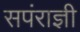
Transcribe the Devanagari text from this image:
सपंराज्ञी